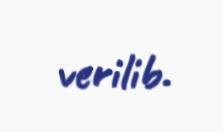
verilib.